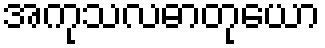
အကုသလဓာတုယော